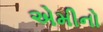
એમીનો